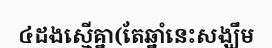
៤ដងស្មើគ្នា(តែឆ្នាំនេះសង្ឃឹម